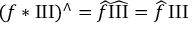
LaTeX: ( f * \operatorname { I I I } ) ^ { \wedge } = { \widehat { f } } { \widehat { \operatorname { I I I } } } = { \widehat { f } } \operatorname { I I I }